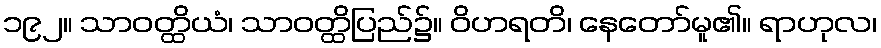
၁၉၂။ သာဝတ္ထိယံ၊ သာဝတ္ထိပြည်၌။ ဝိဟရတိ၊ နေတော်မူ၏။ ရာဟုလ၊